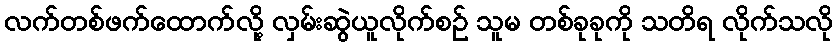
လက်တစ်ဖက်ထောက်လို့ လှမ်းဆွဲယူလိုက်စဉ် သူမ တစ်ခုခုကို သတိရ လိုက်သလို